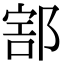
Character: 𨜱